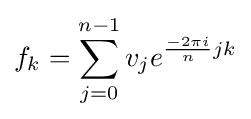
f_{k}=\sum _{j=0}^{n-1}v_{j}e^{{\frac {-2\pi i}{n}}jk}